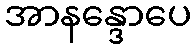
အာနန္ဒောပေ